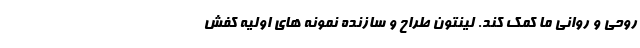
روحی و روانی ما کمک کند. لینتون طراح و سازنده نمونه های اولیه کفش